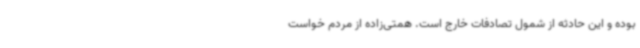
بوده و این حادثه از شمول تصادفات خارج است. همتی‌زاده از مردم خواست